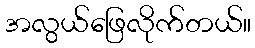
အလွယ်ဖြေလိုက်တယ်။